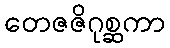
တေဇဇိဂုစ္ဆကာ